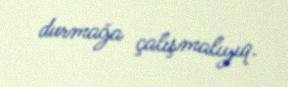
durmağa çalışmalıyıq.